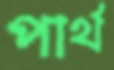
পার্থ